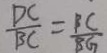
\frac { D C } { B C } = \frac { B C } { B G }